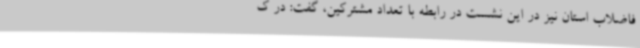
فاضلاب استان نیز در این نشست در رابطه با تعداد مشترکین، گفت: در ک